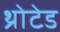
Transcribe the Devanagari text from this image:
थ्रोटेड